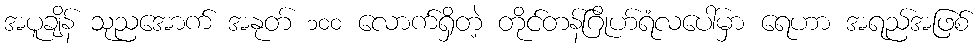
အပူချိန် သုညအောက် အနုတ် ၁၀၀ လောက်ရှိတဲ့ တိုင်တန်ဂြိုဟ်ရံလပေါ်မှာ ရေဟာ အရည်အဖြစ်